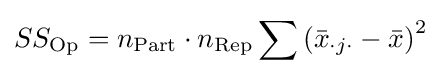
SS_{\text{Op}}=n_{\text{Part}}\cdot n_{\text{Rep}}\sum \left({\bar {x}}_{\cdot j\cdot }-{\bar {x}}\right)^{2}